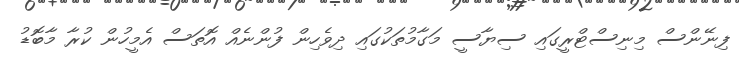
ފިނޭންސް މިނިސްޓްރީގައި ސިޔާސީ މަގާމުތަކުގައި ދިވެހިން ފުންނެއް އޮތަސް އެމީހުން ކުރާ މާބޮޑު